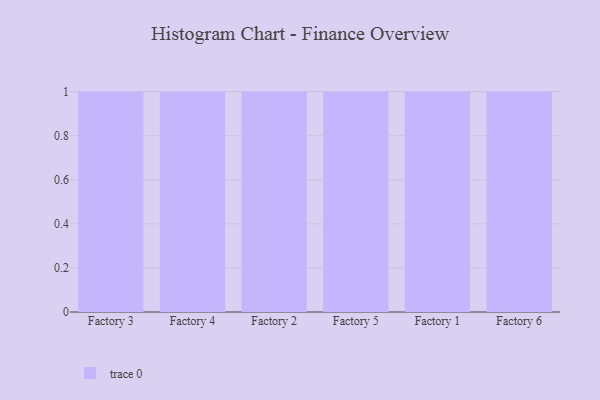
{"axis": {"x": "Factory", "y": "Demand Index"}, "legend": [""], "data": [{"x": "Factory 3", "y": 12, "type": ""}, {"x": "Factory 4", "y": 27, "type": ""}, {"x": "Factory 2", "y": 13, "type": ""}, {"x": "Factory 5", "y": 58, "type": ""}, {"x": "Factory 1", "y": 44, "type": ""}, {"x": "Factory 6", "y": 63, "type": ""}]}